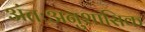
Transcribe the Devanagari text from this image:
अंतःअनुशासिक